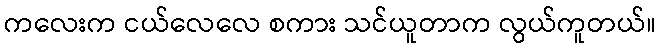
ကလေးက ငယ်လေလေ စကား သင်ယူတာက လွယ်ကူတယ်။